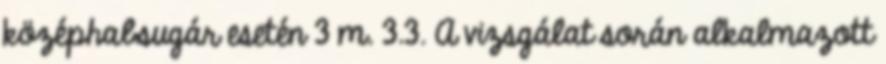
középhabsugár esetén 3 m. 3.3. A vizsgálat során alkalmazott